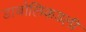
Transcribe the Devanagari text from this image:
डाबोलिकडली